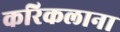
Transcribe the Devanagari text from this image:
करिकलाना